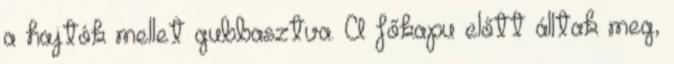
a hajtók mellet gubbasztva. A főkapu előtt álltak meg,